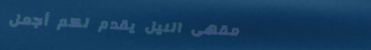
مقهى النيل يقدم لكم أجمل